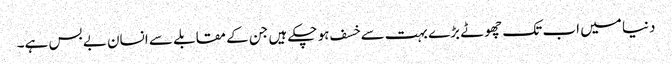
دنیا میں اب تک چھوٹے بڑے بہت سے خسف ہو چکے ہیں جن کے مقابلے سے انسان بے بس ہے۔